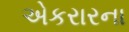
એકરારના